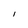
Character: I